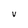
Character: v